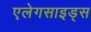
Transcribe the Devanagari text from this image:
एलेगसाइड्स